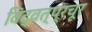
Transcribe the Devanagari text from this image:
विद्वत्प्रचूर